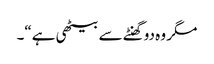
مگر وہ دوگھنٹے سے بیٹھی ہے“۔